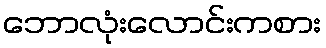
ဘောလုံးလောင်းကစား